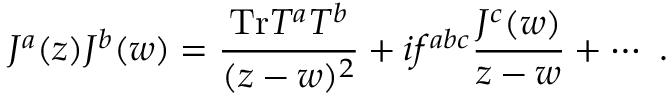
J ^ { a } ( z ) J ^ { b } ( w ) = \frac { \mathrm { T r } T ^ { a } T ^ { b } } { ( z - w ) ^ { 2 } } + i f ^ { a b c } \frac { J ^ { c } ( w ) } { z - w } + \cdots ~ .